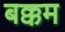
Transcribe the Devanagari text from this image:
बक्कम